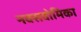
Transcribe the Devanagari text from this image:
नक्सवोमिका